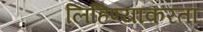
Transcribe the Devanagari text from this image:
लिहिण्याकरता